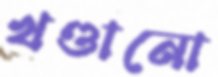
খণ্ডানো